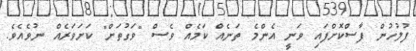
ފުލުހުން ފާސްކޮށްފައި ވަނީ އެންމެ ތަނެއް ކަމެއް ވެސް "ވަގުތަށް" ކަށަވަރެއް ނުވެއެވެ.